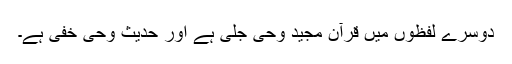
دوسرے لفظوں میں قرآن مجید وحی جلی ہے اور حدیث وحی خفی ہے۔